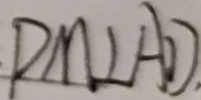
D M \bot A D .